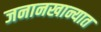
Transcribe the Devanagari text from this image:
जनानखान्यात